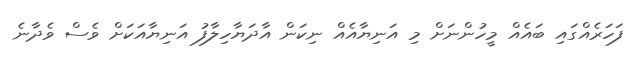
ފަހަރެއްގައި ބައެއް މީހުންނަށް މި އަނިޔާއެއް ނިކަން އާދަޔާހިލާފު އަނިޔާއަކަށް ވެސް ވެދާނެ